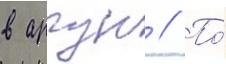
в аргун // По́